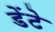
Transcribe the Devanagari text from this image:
डेंटे